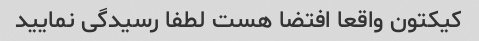
کیکتون واقعا افتضا هست لطفا رسیدگی نمایید